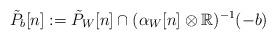
LaTeX: \begin{align*}\tilde P_b[n] := \tilde P_W[n]\cap (\alpha _W[n]\otimes \mathbb R)^{-1}(-b)\end{align*}